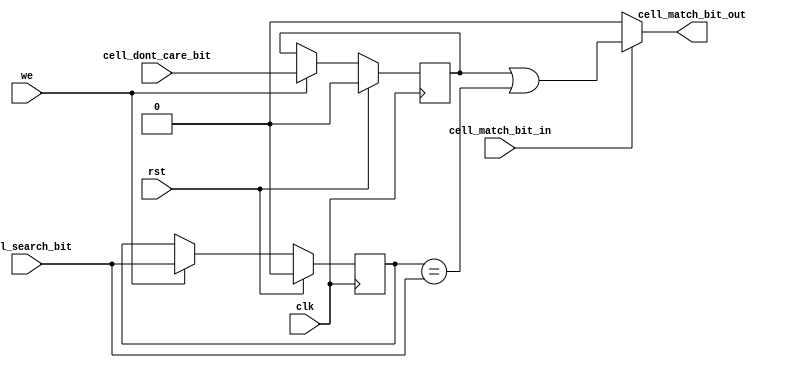
`timescale 1ns / 1ps

module STCAM_Cell(
    input wire clk,
    input wire rst,
    input wire we,
    input wire cell_search_bit,
    input wire cell_dont_care_bit,
    input wire cell_match_bit_in,
    output reg cell_match_bit_out
    );

	 reg stored_bit;
	 reg dont_care_bit;
	 
// Insert your solution below here. 
always @(posedge clk) begin
    if(rst)
        stored_bit <= 0;
    else if(we)
        stored_bit <= cell_search_bit;
end

always @(posedge clk) begin
    if(rst)
        dont_care_bit <= 0;
    else if(we)
        dont_care_bit <= cell_dont_care_bit;
end

always @(*) begin
    cell_match_bit_out = cell_match_bit_in ? 
        (dont_care_bit | (stored_bit == cell_search_bit)) : 0;
end


endmodule